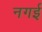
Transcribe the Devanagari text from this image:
नगई